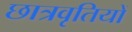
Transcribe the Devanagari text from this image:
छात्रवृतियों